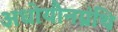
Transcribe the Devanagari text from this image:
अधोयौनग्रंथि